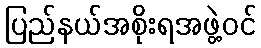
ပြည်နယ်အစိုးရအဖွဲ့ဝင်